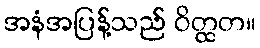
အနံအပြန့်သည် ဝိတ္ထတ။